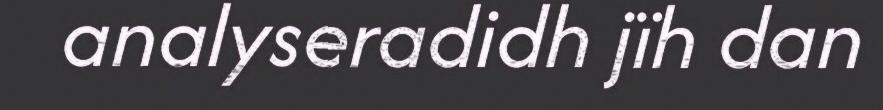
analyseradidh jïh dan